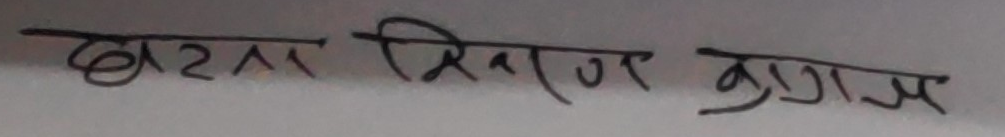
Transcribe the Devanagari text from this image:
खरार सिराज कुगम